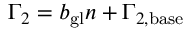
\Gamma _ { 2 } = b _ { \mathrm { g l } } n + \Gamma _ { 2 , \mathrm { b a s e } }